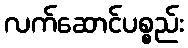
လက်ဆောင်ပစ္စည်း